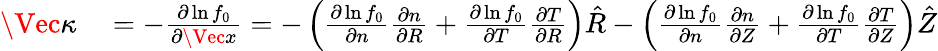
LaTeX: \begin{array}{rl}{\Vec{\kappa}}&{{}=-\frac{\partial\ln f_{0}}{\partial\Vec{x}}=-\left(\frac{\partial\ln f_{0}}{\partial n}\frac{\partial n}{\partial R}+\frac{\partial\ln f_{0}}{\partial T}\frac{\partial T}{\partial R}\right)\hat{R}-\left(\frac{\partial\ln f_{0}}{\partial n}\frac{\partial n}{\partial Z}+\frac{\partial\ln f_{0}}{\partial T}\frac{\partial T}{\partial Z}\right)\hat{Z}}\end{array}